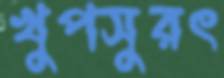
খুপসুরৎ